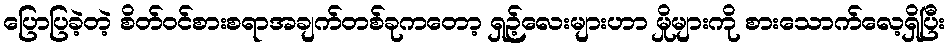
ပြောပြခဲ့တဲ့ စိတ်ဝင်စားစရာအချက်တစ်ခုကတော့ ရှဉ့်လေးများဟာ မှိုများကို စားသောက်လေ့ရှိပြီး